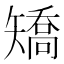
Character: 矯